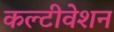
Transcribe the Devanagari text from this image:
कल्टीवेशन